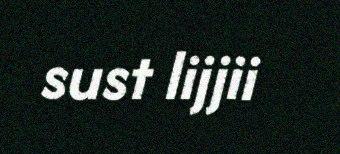
sust lijjii